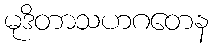
မုဒိတာသဟဂတေန